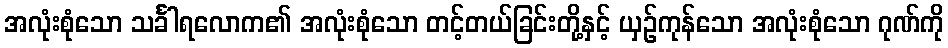
အလုံးစုံသော သင်္ခါရလောက၏ အလုံးစုံသော တင့်တယ်ခြင်းတို့နှင့် ယှဉ်ကုန်သော အလုံးစုံသော ဂုဏ်ကို